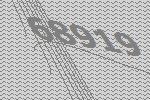
68919